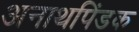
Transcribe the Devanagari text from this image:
अनाथपिंडक